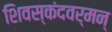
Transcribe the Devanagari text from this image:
शिवस्कंदवर्मन्